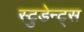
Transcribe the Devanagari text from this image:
स्टुडेन्ट्स